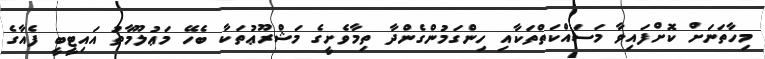
މިހާތަނަށް ކޮށްފައިވާ މަސައްކަތްތަކާއި ހިންގަމުންގެންދާ ތިމާވެށީގެ މަޝްރޫޢުތަކާ ބެހޭ މަޢުލޫމާތު އައިޓީބީ ފެއާގެ